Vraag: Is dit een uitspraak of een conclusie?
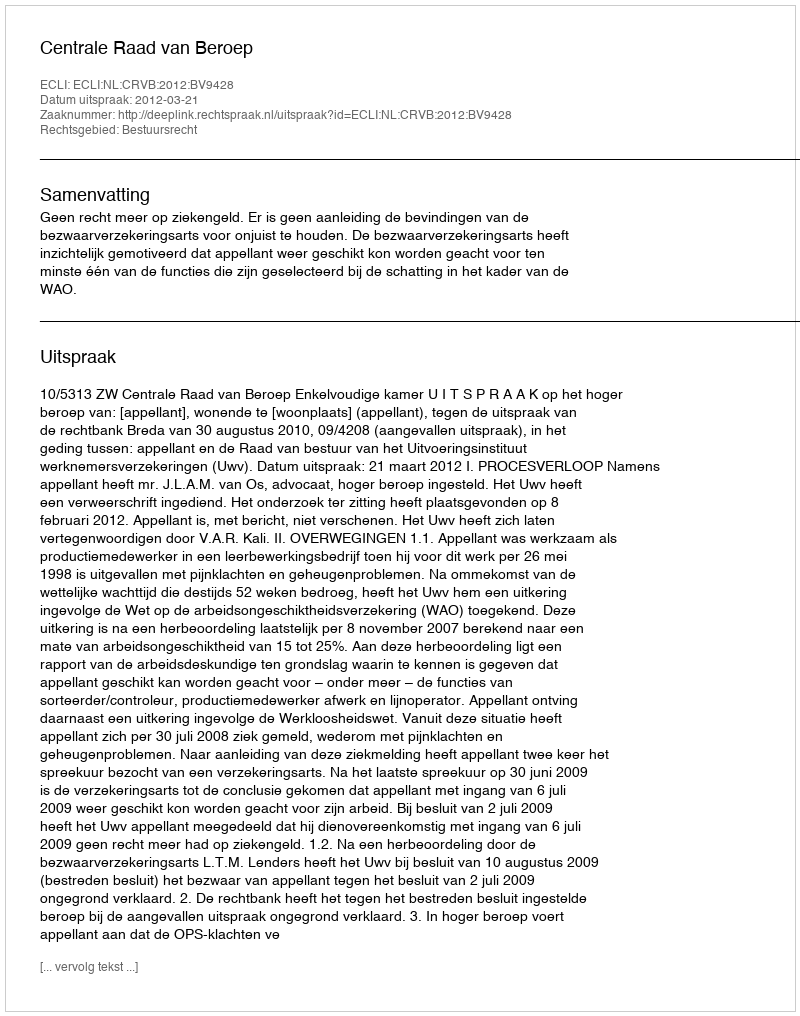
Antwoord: Uitspraak